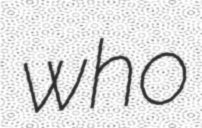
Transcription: who